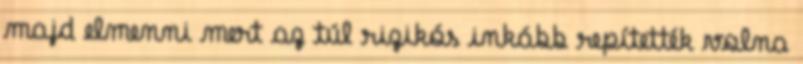
majd elmenni mert az túl rizikós inkább repítették volna